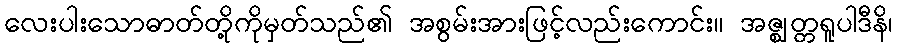
လေးပါးသောဓာတ်တို့ကိုမှတ်သည်၏ အစွမ်းအားဖြင့်လည်းကောင်း။ အဇ္ဈတ္တရူပါဒီနိ၊